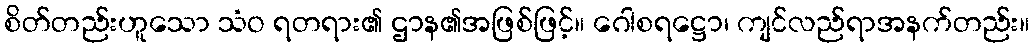
စိတ်တည်းဟူသော သံဝ ရတရား၏ ဌာန၏အဖြစ်ဖြင့်။ ဂေါစရဋ္ဌော၊ ကျင်လည်ရာအနက်တည်း။